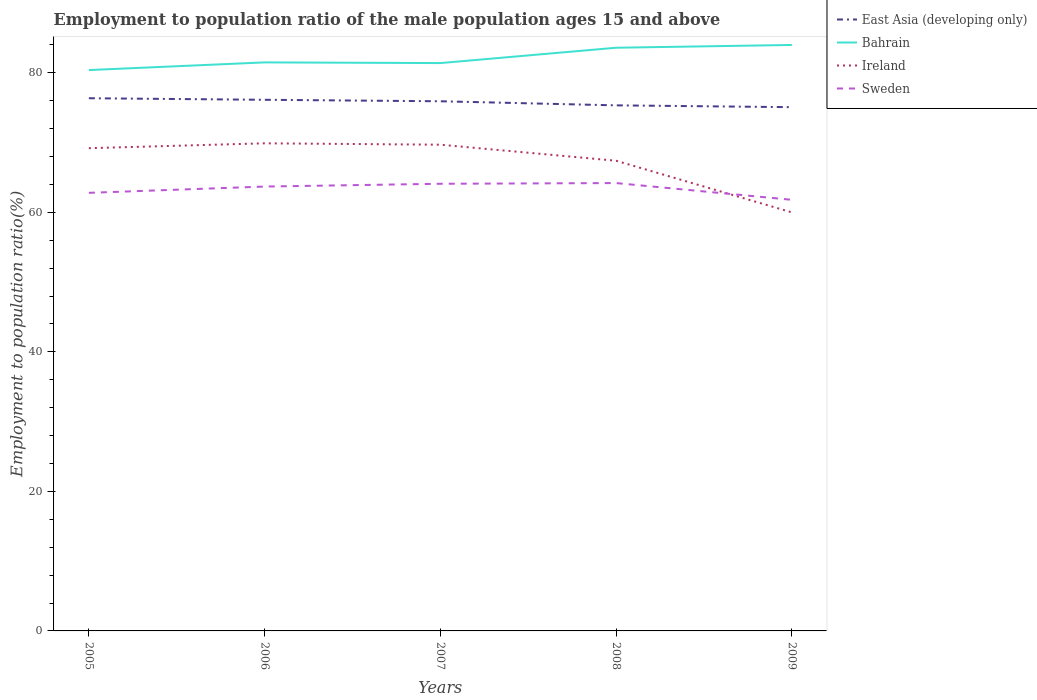
| Years | East Asia (developing only) | Bahrain | Ireland | Sweden |
 | --- | --- | --- | --- | --- |
 | 2005 | 76.4 | 80.4 | 69.2 | 62.8 |
 | 2006 | 76.1 | 81.5 | 69.9 | 63.7 |
 | 2007 | 75.9 | 81.4 | 69.7 | 64.1 |
 | 2008 | 75.3 | 83.6 | 67.4 | 64.2 |
 | 2009 | 75.1 | 84 | 60 | 61.8 |